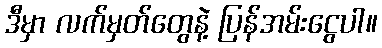
ဒီမှာ လက်မှတ်တွေနဲ့ ပြန်အမ်းငွေပါ။